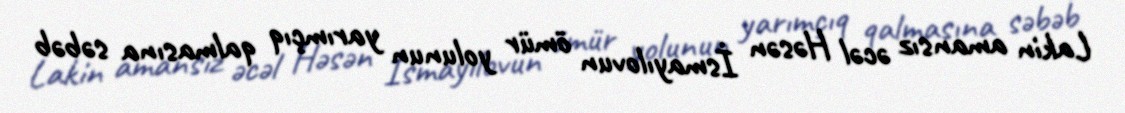
Lakin amansız əcəl Həsən İsmayılovun ömür yolunun yarımçıq qalmasına səbəb